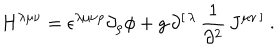
H ^ { \lambda \mu \nu } = \epsilon ^ { \lambda \mu \nu \rho } \partial _ { \rho } \phi + g \, \partial ^ { [ \, \lambda } \, { \frac { 1 } { \partial ^ { 2 } } } \, J ^ { \mu \nu \, ] } \ .